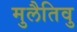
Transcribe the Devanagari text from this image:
मुलैतिवु